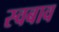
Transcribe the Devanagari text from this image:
स्वबाव